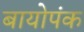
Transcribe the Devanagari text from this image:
बायोपंक